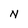
Character: N